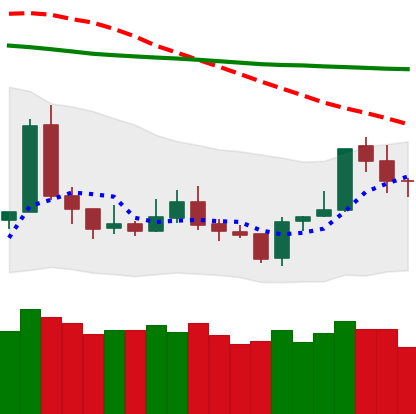
Ticker: TRX-USD
Chart end date: 2020-01-09
Forward return: 18.894%
Label: up_7plus